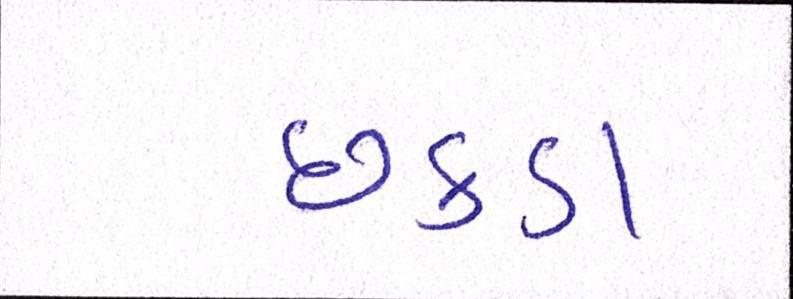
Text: છકડા